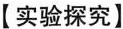
【实验探究】